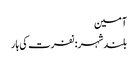
آمین
بلندشہر: نفرت کی ہار